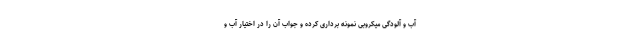
آب و آلودگی میکروبی نمونه برداری کرده و جواب آن را در اختیار آب و